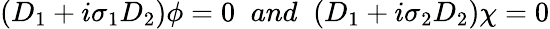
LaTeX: (D_{1}+i\sigma_{1}D_{2})\phi=0\; \; and\; \; (D_{1}+i\sigma_{2}D_{2})\chi=0